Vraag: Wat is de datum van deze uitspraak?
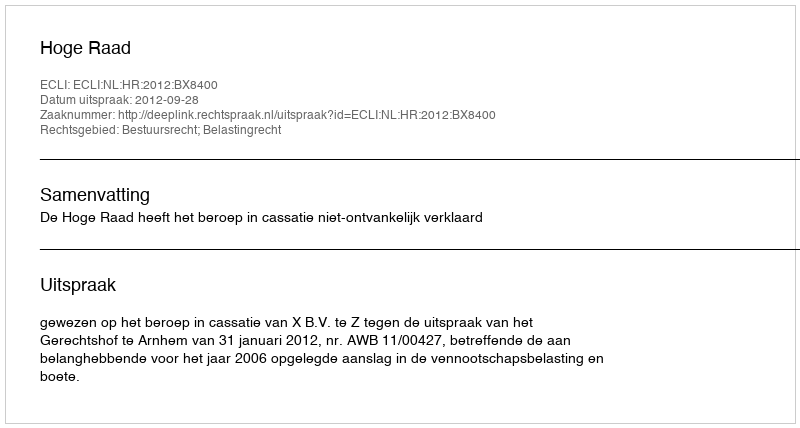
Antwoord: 2012-09-28